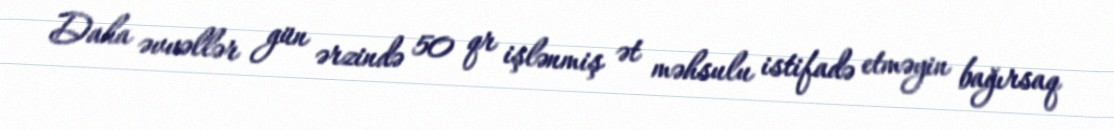
Daha əvvəllər gün ərzində 50 qr işlənmiş ət məhsulu istifadə etməyin bağırsaq